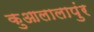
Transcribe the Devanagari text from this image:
कुआलालापुंर